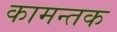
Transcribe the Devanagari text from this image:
कामन्तक